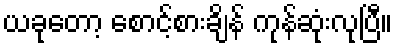
ယခုတော့ စောင့်စားချိန် ကုန်ဆုံးလုပြီ။